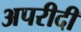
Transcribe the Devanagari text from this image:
अपरीदी